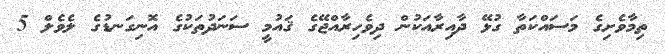
ތިމާވެށިގެ މަސައްކަތާ ގުޅޭ ދާއިރާއަކުން ދިވެހިރާއްޖޭގެ ޤައުމީ ސަނަދުތަކުގެ އޮނިގަނޑުގެ ލެވެލް 5